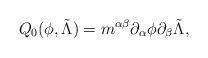
LaTeX: \begin{align*}Q_0 (\phi,\tilde{\Lambda})= m^{\alpha \beta}\partial_{\alpha} \phi \partial_{\beta} \tilde{\Lambda},\end{align*}